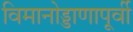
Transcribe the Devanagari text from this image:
विमानोड्डाणापूर्वी